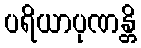
ပရိယာပုဏန္တိ